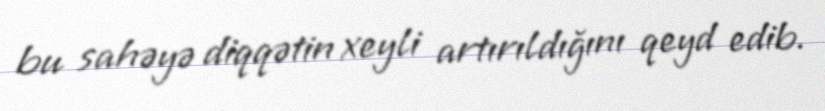
bu sahəyə diqqətin xeyli artırıldığını qeyd edib.